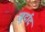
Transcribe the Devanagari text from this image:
खूर्दाद